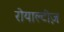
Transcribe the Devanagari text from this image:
रोयाल्टीज़